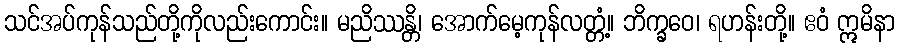
သင်အပ်ကုန်သည်တို့ကိုလည်းကောင်း။ မညိဿန္တိ၊ အောက်မေ့ကုန်လတ္တံ့။ ဘိက္ခဝေ၊ ရဟန်းတို့။ ဧဝံ ဣမိနာ